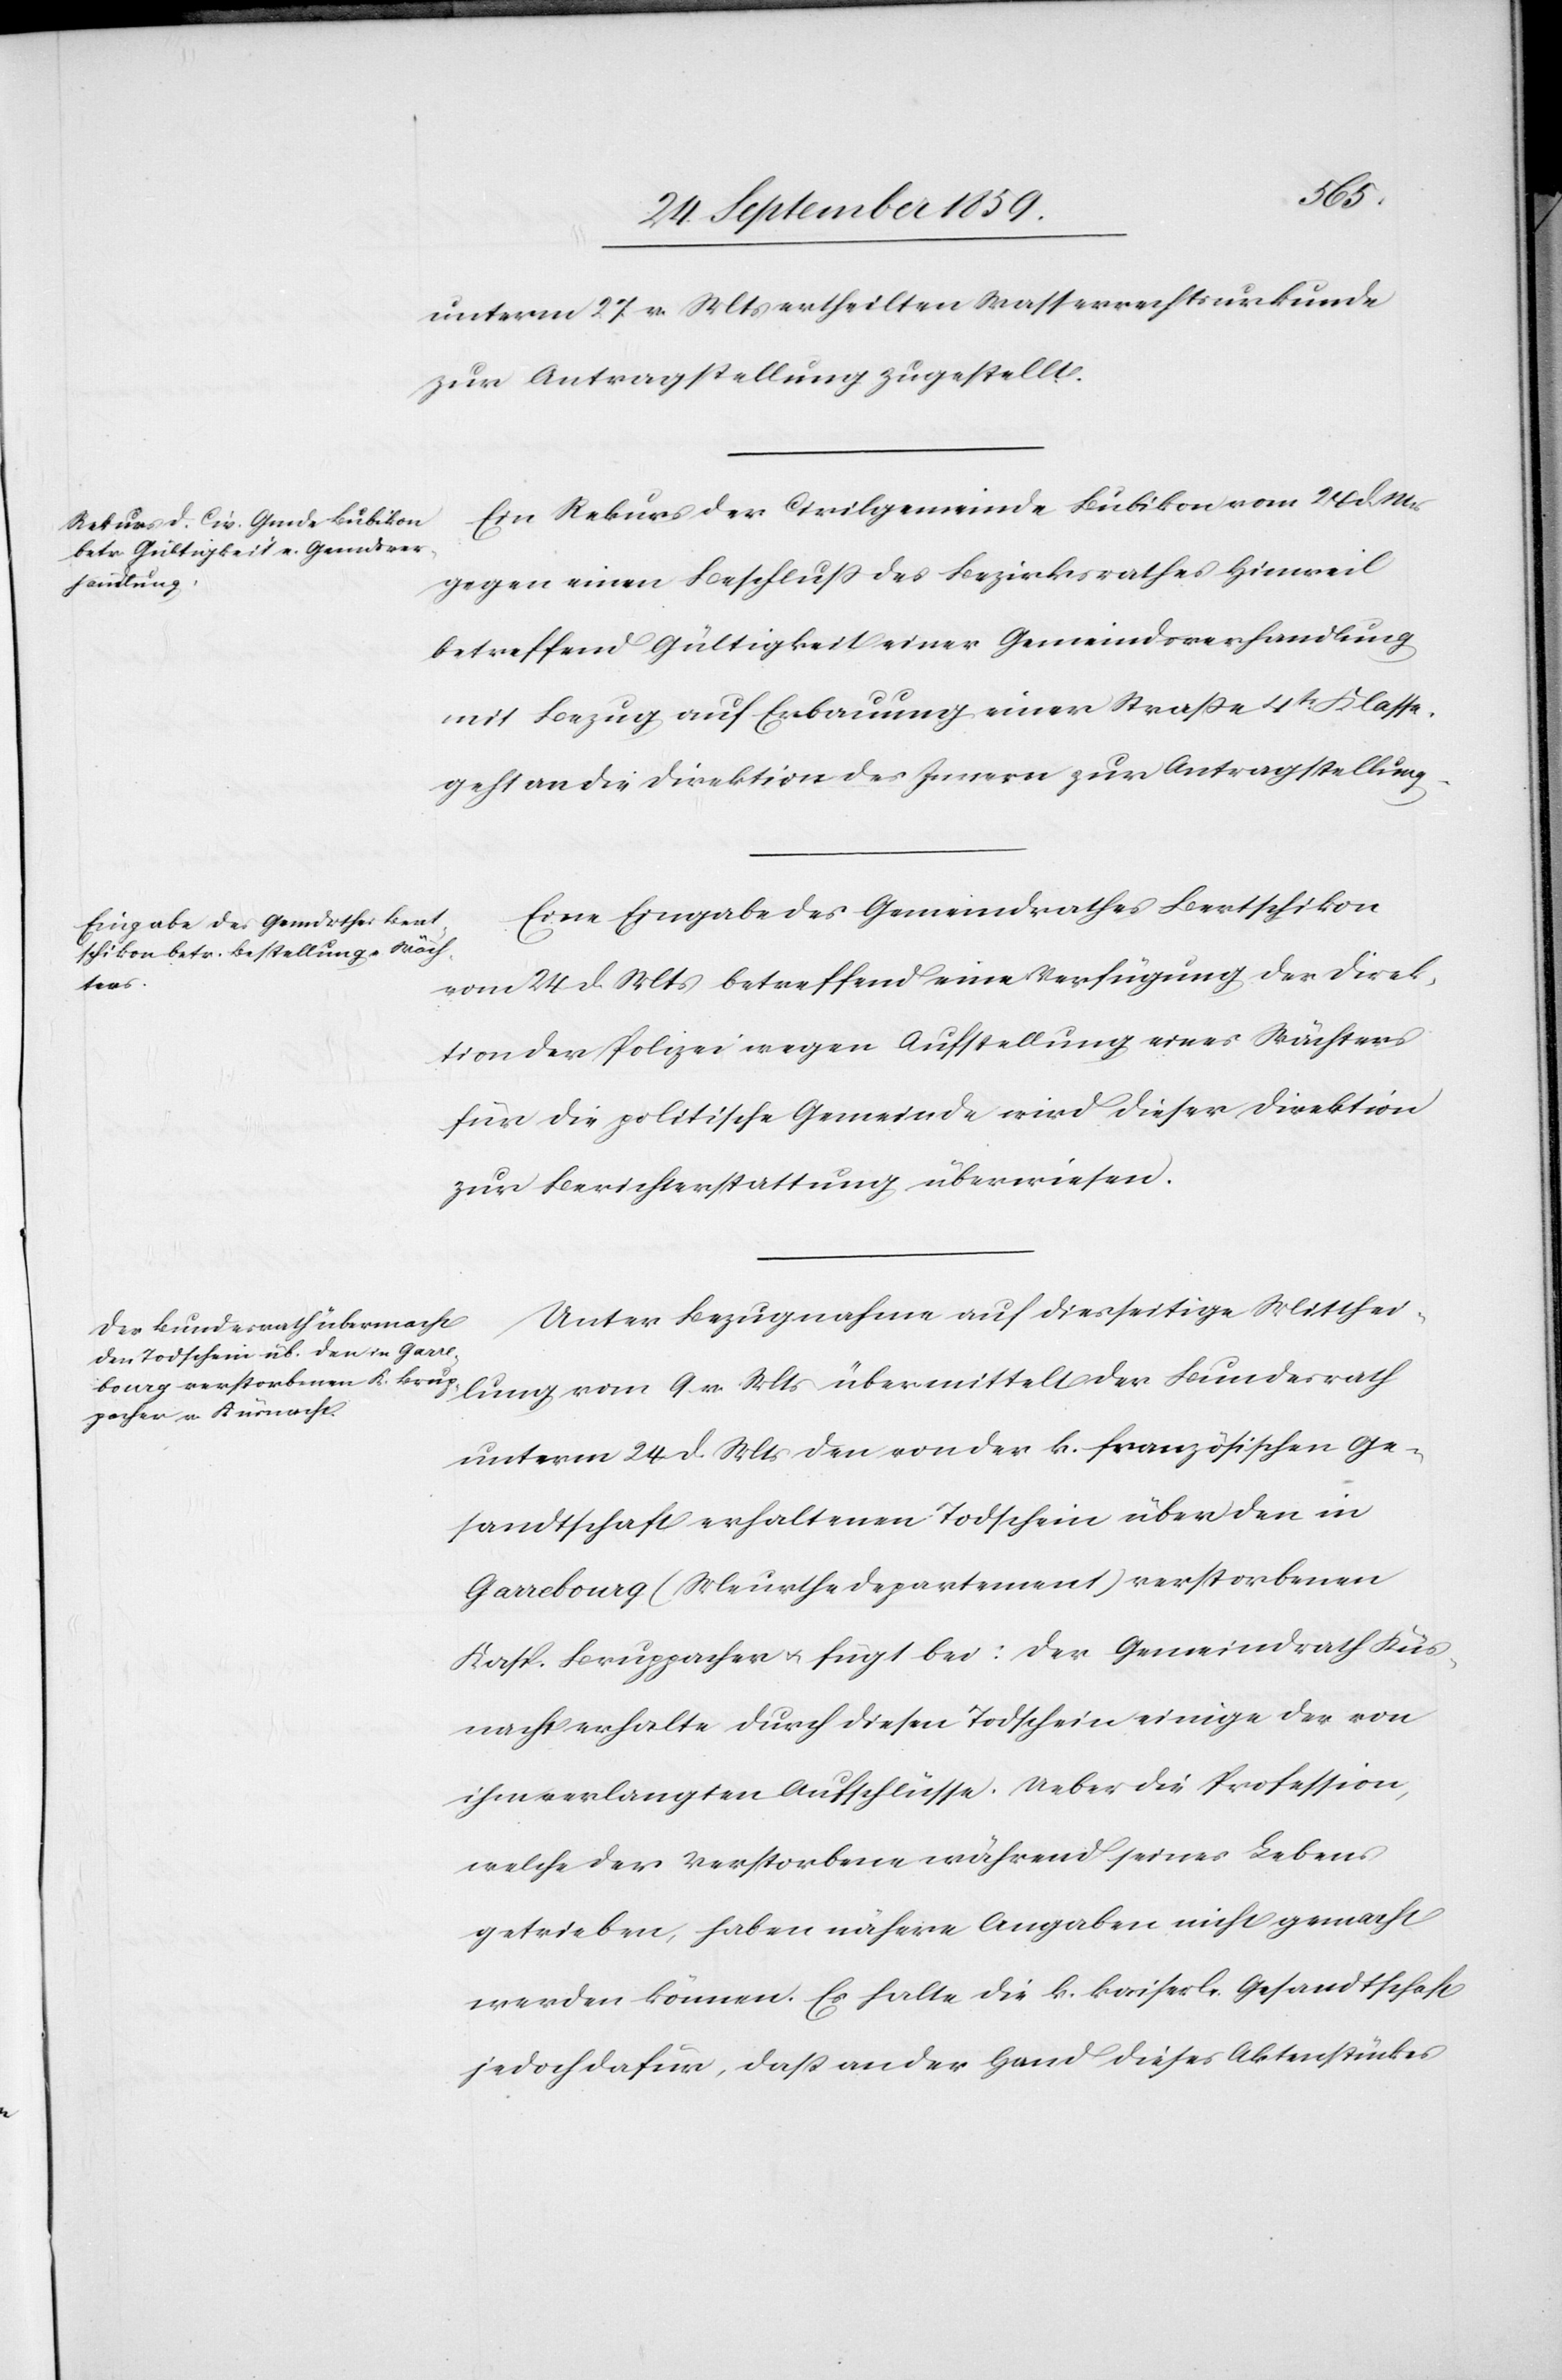
26. September 1859.]
unterm 27. v. Mts. ertheilten Wasserrechtsurkunde
zur Antragstellung zugestellt.
Ein Rekurs der Civilgemeinde Bubikon vom 24. d. Mts.
gegen einen Beschluß des Bezirksrathes Hinweil
lung
betreffend Gültigkeit einer Gemeindsverhandlung
mit Bezug auf Erbauung einer Straße 4tr. Klasse
geht an die Direktion des Innern zur Antragstellung.
Eine Eingabe des Gemeindrathes Bertschikon
vom 24. d. Mts. betreffend eine Verfügung der Direk¬
der
tion der Polizei wegen Aufstellung eines Wächters
für die politische Gemeinde wird dieser Direktion
zur Berichterstattung überwiesen.
Unter Bezugnahme auf diesseitige Mitthei¬
unterm 24. d. Mts. den von der k. französischen Ge¬
sandtschaft erhaltenen Todschein über den in
Garrebourg (Meurthe Departement) verstorbenen
Kasp. Bruppacher & fügt bei: Der Gemeindrath Küs¬
nacht erhalte durch diesen Todschein einige der von
ihm verlangten Aufschlüsse. Ueber die Profession,
welche der Verstorbene während seines Lebens
getrieben, haben nähere Angaben nicht gemacht
werden können. Es halte die k. kaiserl. Gesandtschaft
jedoch dafür, daß an der Hand dieses Aktenstückes